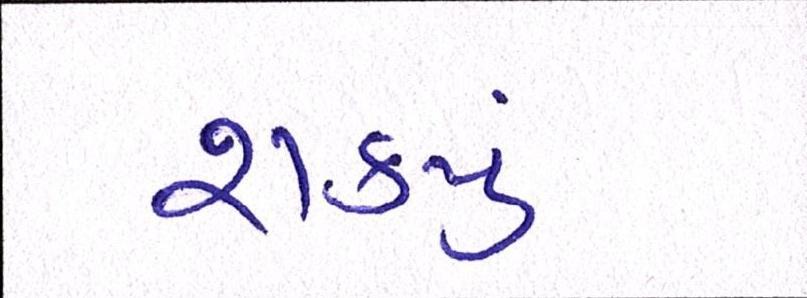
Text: શકયું